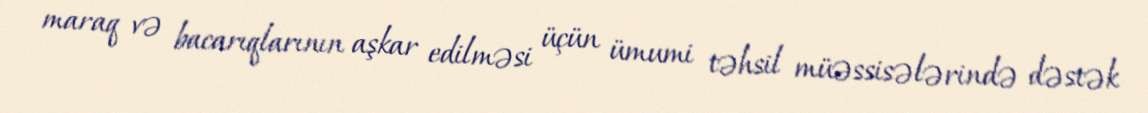
maraq və bacarıqlarının aşkar edilməsi üçün ümumi təhsil müəssisələrində dəstək